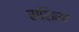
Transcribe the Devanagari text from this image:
सशिखं